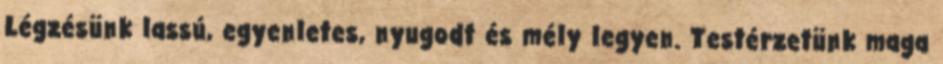
Légzésünk lassú, egyenletes, nyugodt és mély legyen. Testérzetünk maga